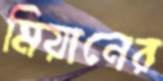
মিয়ানের